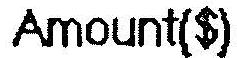
AMOUNT($)